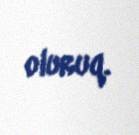
oluruq.